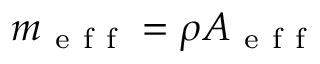
m _ { \mathrm { ~ e ~ f ~ f ~ } } = \rho A _ { \mathrm { ~ e ~ f ~ f ~ } }